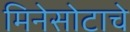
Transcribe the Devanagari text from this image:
मिनेसोटाचे